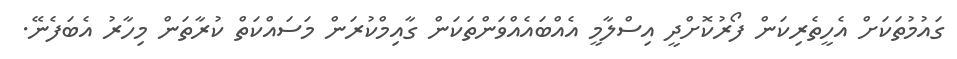
ގައުމުތަކަށް އެހީތެރިކަން ފޯރުކޮށްދީ އިސްލާމީ އެއްބައެއްވަންތަކަން ގާއިމްކުރަން މަސައްކަތް ކުރާތަން މިހާރު އެބަފެނޭ.